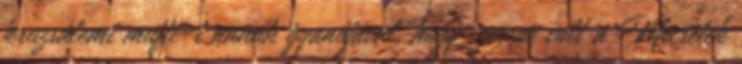
jeruzsálemi mufti-t annak gyanújával, hogy szerepe volt a Mecsetek